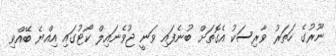
ނޫރުގެ ހަތަރު ވާރިސަކު އެގޮތަށް ބުނެފައި ވަނީ ޖުވެނައިލް ކޯޓުގައި އިއްޔެ ބޭއްވި